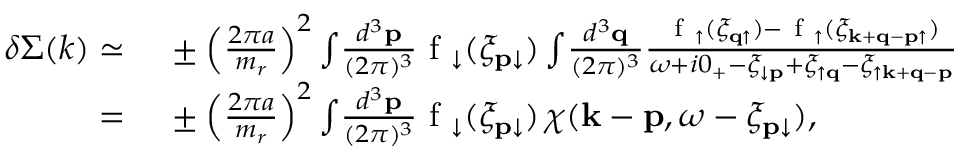
\begin{array} { r l } { \delta \Sigma ( k ) \simeq } & { { } \, \pm \left( \frac { 2 \pi a } { m _ { r } } \right) ^ { 2 } \int \! \frac { d ^ { 3 } \mathbf { p } } { ( 2 \pi ) ^ { 3 } } \mathrm { ~ f ~ } _ { \downarrow } ( \xi _ { \mathbf { p } \downarrow } ) \int \! \frac { d ^ { 3 } \mathbf { q } } { ( 2 \pi ) ^ { 3 } } \frac { \mathrm { ~ f ~ } _ { \uparrow } ( \xi _ { \mathbf { q } \uparrow } ) - \mathrm { ~ f ~ } _ { \uparrow } ( \xi _ { \mathbf { k } + \mathbf { q } - \mathbf { p } \uparrow } ) } { \omega + i 0 _ { + } - \xi _ { \downarrow \mathbf { p } } + \xi _ { \uparrow \mathbf { q } } - \xi _ { \uparrow \mathbf { k } + \mathbf { q } - \mathbf { p } } } } \\ { = } & { { } \, \pm \left( \frac { 2 \pi a } { m _ { r } } \right) ^ { 2 } \int \! \frac { d ^ { 3 } \mathbf { p } } { ( 2 \pi ) ^ { 3 } } \mathrm { ~ f ~ } _ { \downarrow } ( \xi _ { \mathbf { p } \downarrow } ) \, \chi ( \mathbf { k } - \mathbf { p } , \omega - \xi _ { \mathbf { p } \downarrow } ) , } \end{array}